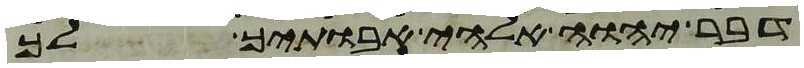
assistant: דבר יהוה אלהי אבתיך לך